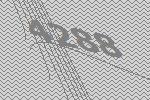
4288